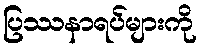
ပြဿနာရပ်များကို